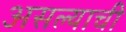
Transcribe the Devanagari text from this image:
असल्‍याची